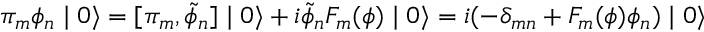
\pi _ { m } \phi _ { n } \mid 0 \rangle = [ \pi _ { m } , \tilde { \phi } _ { n } ] \mid 0 \rangle + i \tilde { \phi } _ { n } F _ { m } ( \phi ) \mid 0 \rangle = i ( - \delta _ { m n } + F _ { m } ( \phi ) \phi _ { n } ) \mid 0 \rangle